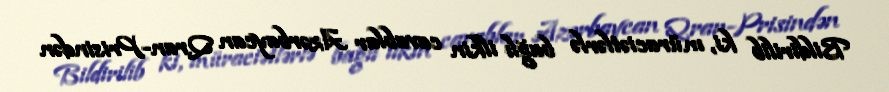
Bildirilib ki, müraciətlərlə bağlı ilkin cavablar Azərbaycan Qran-Prisindən